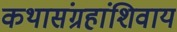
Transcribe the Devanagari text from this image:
कथासंग्रहांशिवाय